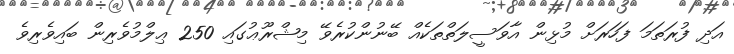
އަދި ފުރަތަމަ ފަހަރަށް މުޅިން އާވަސީލަތްތަކެއް ބޭނުންކުރެވޭ މިޝްރޫޢުގައި 250 ޢިލްމުވެރިން ބައިވެރިވެ